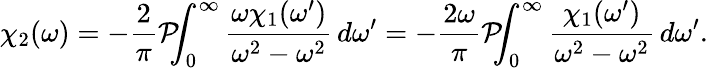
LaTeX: \chi_{2}(\omega)=-{\frac{2}{\pi}}{\mathcal{P}}\! \! \! \int_{0}^{\infty}{\frac{\omega\chi_{1}(\omega^{\prime})}{\omega^{2}-\omega^{2}}}\, d\omega^{\prime}=-{\frac{2\omega}{\pi}}{\mathcal{P}}\! \! \! \int_{0}^{\infty}{\frac{\chi_{1}(\omega^{\prime})}{\omega^{2}-\omega^{2}}}\, d\omega^{\prime}.